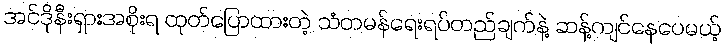
အင်ဒိုနီးရှားအစိုးရ ထုတ်ပြောထားတဲ့ သံတမန်ရေးရပ်တည်ချက်နဲ့ ဆန့်ကျင်နေပေမယ့်